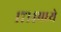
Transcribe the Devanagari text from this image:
१७१४मध्ये